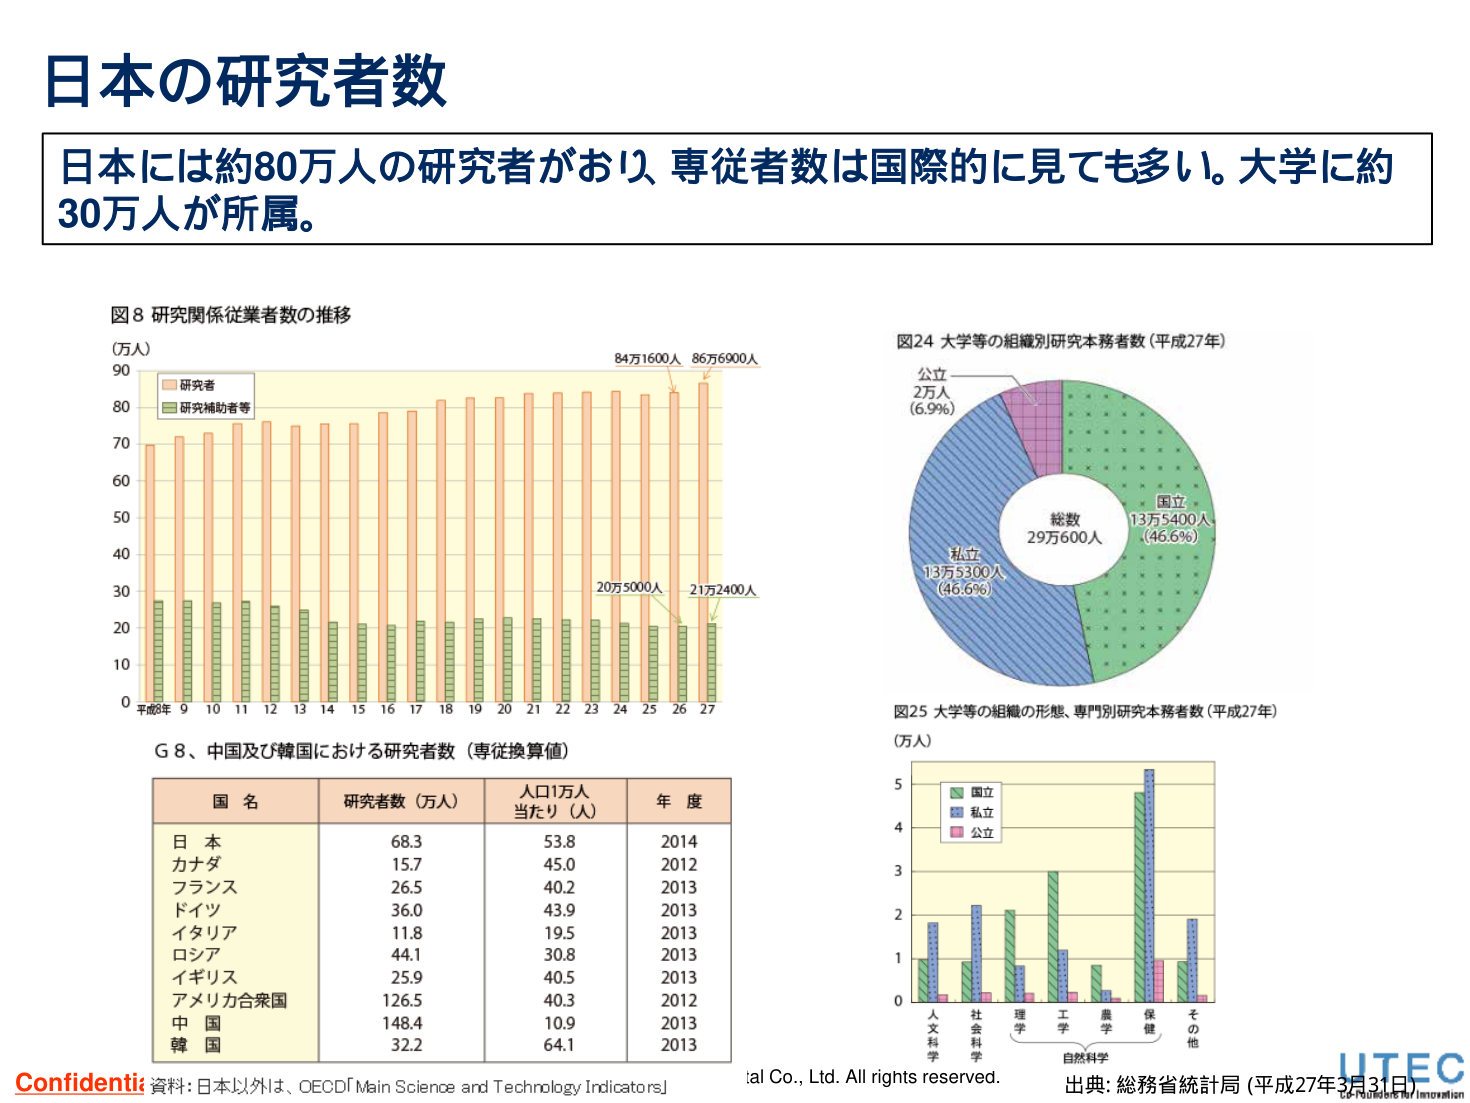
日本の研究者数

日本には約80万人の研究者があり、専従者数は国際的に見ても多い。大学に約30万人が所属。

図8 研究関係従業者数の推移
(万人)
研究者
研究補助者等
平成8年 9 10 11 12 13 14 15 16 17 18 19 20 21 22 23 24 25 26 27
84万1600人 86万6900人
20万5000人 21万2400人

図24 大学等の組織別研究本務者数（平成27年）
公立
2万人
(6.9%)
総数
29万600人
国立
13万5400人
(46.6%)
私立
13万5300人
(46.6%)

図25 大学等の組織の形態、専門別研究本務者数（平成27年）
(万人)
国立
私立
公立
人文科学
社会科学
理学
工学
農学
保健
その他
自然科学

G 8、中国及び韓国における研究者数（専従換算値）
国名 研究者数（万人） 人口1万人当たり（人） 年度
日本 68.3 53.8 2014
カナダ 15.7 45.0 2012
フランス 26.5 40.2 2013
ドイツ 36.0 43.9 2013
イタリア 11.8 19.5 2013
ロシア 44.1 30.8 2013
イギリス 25.9 40.5 2013
アメリカ合衆国 126.5 40.3 2012
中国 148.4 10.9 2013
韓国 32.2 64.1 2013

Confidential 資料：日本以外は、OECD「Main Science and Technology Indicators」
UTEC Co., Ltd. All rights reserved.
出典：総務省統計局（平成27年3月31日）